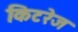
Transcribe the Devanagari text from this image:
किटरेज